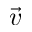
\vec { v }